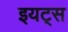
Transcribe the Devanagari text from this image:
इयट्स